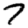
Digit: 7